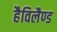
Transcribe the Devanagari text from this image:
हैविलैण्ड